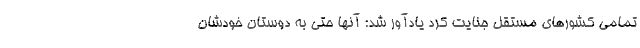
تمامی کشورهای مستقل جنایت کرد یادآور شد: آنها حتی به دوستان خودشان